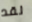
لقد